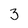
Character: 3